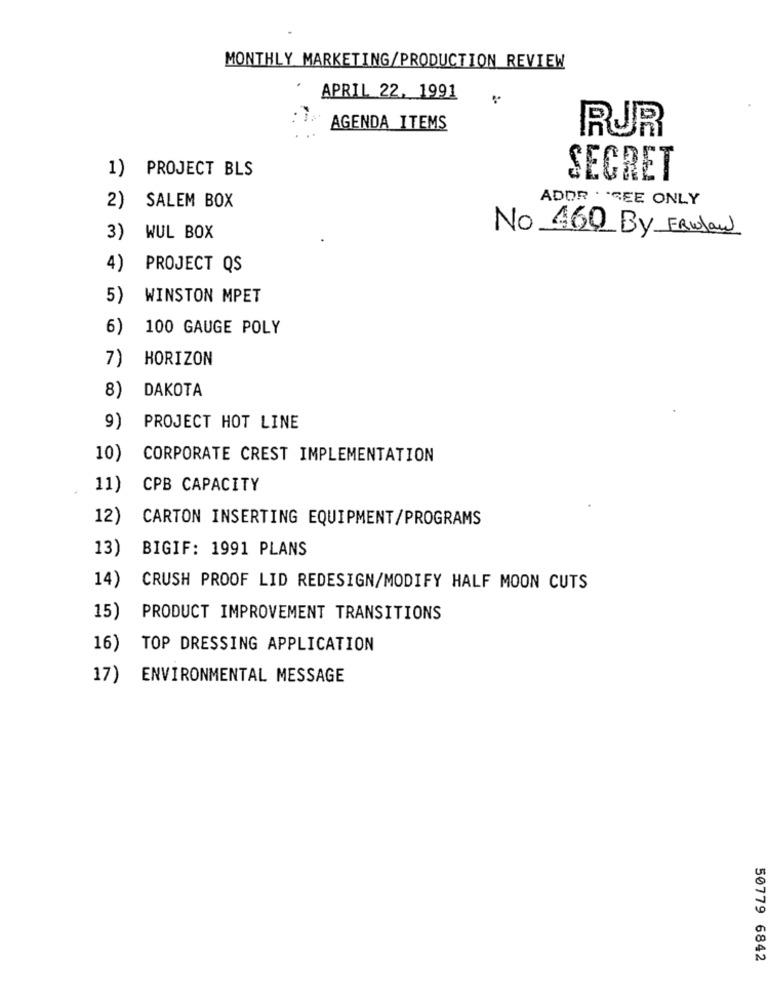
MONTHLY MARKETING/PRODUCTION REVIEW
APRIL 22, 1991
AGENDA ITEMS
RUR
1)
PROJECT BLS
SECRET
SALEM BOX
2)
ADOR . "CEE ONLY
No 460 By FRilan
3)
WUL BOX
4)
PROJECT QS
5)
WINSTON MPET
6)
100 GAUGE POLY
7)
HORIZON
DAKOTA
8)
9)
PROJECT HOT LINE
10)
CORPORATE CREST IMPLEMENTATION
11)
CPB CAPACITY
12)
CARTON INSERTING EQUIPMENT/PROGRAMS
13)
BIGIF: 1991 PLANS
14)
CRUSH PROOF LID REDESIGN/MODIFY HALF MOON CUTS
15)
PRODUCT IMPROVEMENT TRANSITIONS
16)
TOP DRESSING APPLICATION
17)
ENVIRONMENTAL MESSAGE
50779 6842